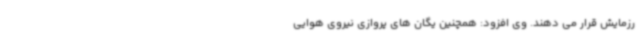
رزمایش قرار می دهند. وی افزود: همچنین یگان های پروازی نیروی هوایی